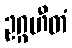
ဥဂ္ဂဟီတံ